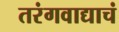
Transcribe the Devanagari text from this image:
तरंगवाद्याचं